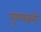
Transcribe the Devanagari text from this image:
युगपद्धती